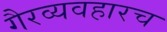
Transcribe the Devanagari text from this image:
गैरव्यवहारच